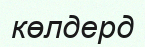
көлдерд